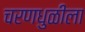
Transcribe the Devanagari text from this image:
चरणधुळीला